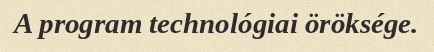
A program technológiai öröksége.